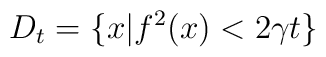
D_t=\{x|f^2(x)<2\gamma t\}